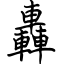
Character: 轟